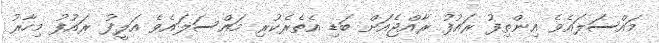
މައްސަލައެވެ އިންތިފު ރައުފު ރާއްްޖެއަށް ބަޑި އެތެރެކުރި މައްސަލައެވެ އަލީފު ރައުފު މިހާރު